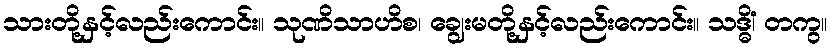
သားတို့နှင့်လည်းကောင်း။ သုဏိသာဟိစ၊ ချွေးမတို့နှင့်လည်းကောင်း။ သဒ္ဓိံ၊ တကွ။